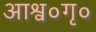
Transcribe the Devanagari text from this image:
आश्व०गृ०